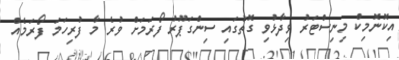
އިކޮނޮމިކް މިނިސްޓަރު ވިދާޅުވި ގޮތުގައި ސިންގަޕޫރު ފޯރަމަށް ވުރެ މާ ފުރިހަމަ ފޯރަމެއް